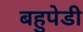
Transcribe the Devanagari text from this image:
बहुपेडी